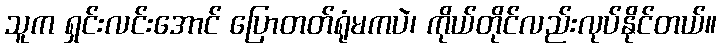
သူက ရှင်းလင်းအောင် ပြောတတ်ရုံမကပဲ၊ ကိုယ်တိုင်လည်းလုပ်နိုင်တယ်။